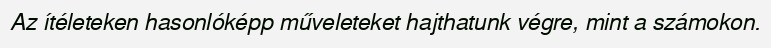
Az ítéleteken hasonlóképp műveleteket hajthatunk végre, mint a számokon.